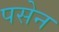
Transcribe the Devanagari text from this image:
पसेन